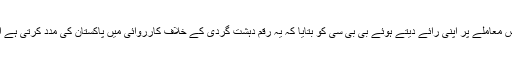
واشنگٹن میں پاکستانی سفارت خانے کے ترجمان ندیم ہوتيانا نے اس معاملے پر اپنی رائے دیتے ہوئے بی بی سی کو بتایا کہ یہ رقم دہشت گردی کے خلاف کارروائی میں پاکستان کی مدد کرتی ہے اور امریکہ اور پاکستان دونوں کو اس کارروائی سے فائدہ ہوتا ہے۔